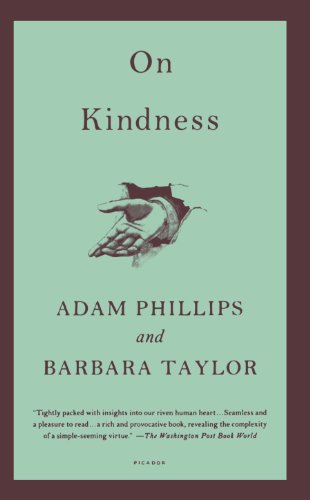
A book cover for On Kindness; Adam Phillips; Politics & Social Sciences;